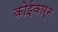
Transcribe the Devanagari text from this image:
कोईकार्न